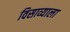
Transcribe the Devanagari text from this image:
विसाव्याला